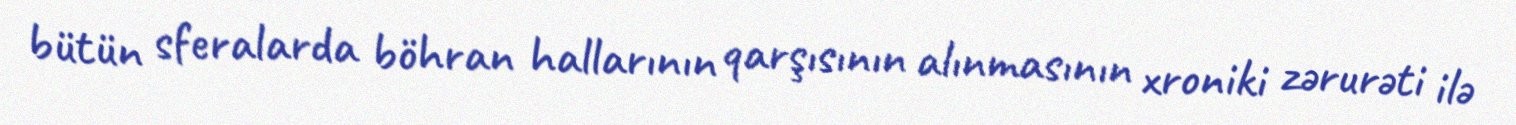
bütün sferalarda böhran hallarının qarşısının alınmasının xroniki zərurəti ilə